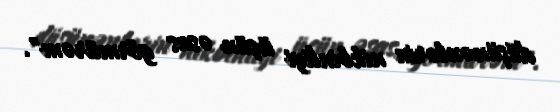
düşünənlərin nikbinliyi üçün əsas görmürəm".